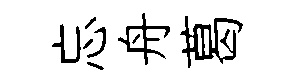
忘舟葛